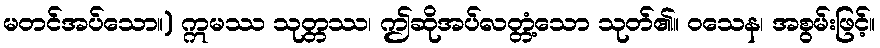
မတင်အပ်သော။) ဣမဿ သုတ္တဿ၊ ဤဆိုအပ်လတ္တံ့သော သုတ်၏။ ဝသေန၊ အစွမ်းဖြင့်။